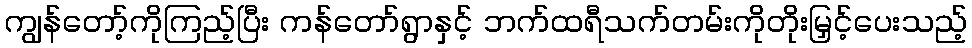
ကျွန်တော့်ကိုကြည့်ပြီး ကန်တော်ရွာနှင့် ဘက်ထရီသက်တမ်းကိုတိုးမြှင့်ပေးသည့်